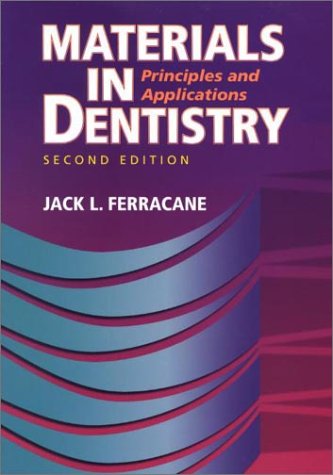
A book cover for Materials in Dentistry: Principles and Applications; Jack L. Ferracane MS  PhD  FADM; Medical Books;